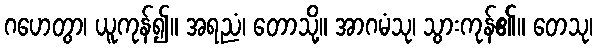
ဂဟေတွာ၊ ယူကုန်၍။ အရညံ၊ တောသို့။ အာဂမံသု၊ သွားကုန်၏။ တေသု၊